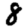
Digit: 8